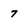
Character: 7